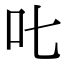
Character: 叱